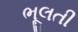
ભૂલતી